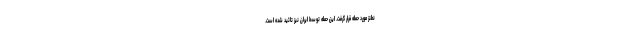
نطنز مورد حمله قرار گرفت. این حمله توسط ایران نیز تائید شده است.